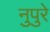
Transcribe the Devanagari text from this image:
नुपुरे